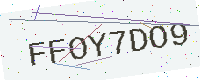
Text: FFOY7DO9